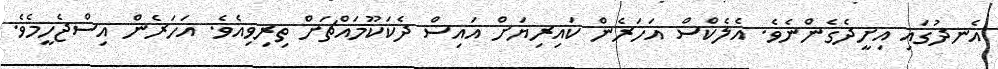
އެނދުގައި އިށީދެގެންނެވެ. އެލެކްސް އަހަރެން ކައިރިޔަށް އައިސް ދެކަކޫމައްޗަށް ތިރިވިއެވެ. އަހަރެން އިސްޖެހީމެވެ.